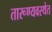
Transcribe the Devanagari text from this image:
तारूण्यवस्थेत